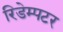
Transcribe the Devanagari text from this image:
रिडेम्पटर